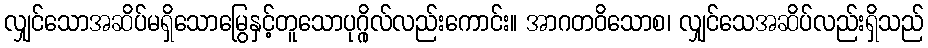
လျှင်သောအဆိပ်မရှိသောမြွေနှင့်တူသောပုဂ္ဂိုလ်လည်းကောင်း။ အာဂတဝိသောစ၊ လျှင်သေအဆိပ်လည်းရှိသည်